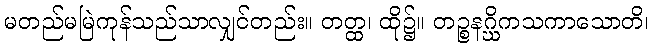
မတည်မမြဲကုန်သည်သာလျှင်တည်း။ တတ္ထ၊ ထို၌။ တဉ္စနဂ္ဃိကသကာသောတိ၊